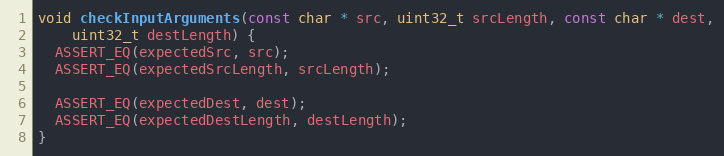
Language: C++
void checkInputArguments(const char * src, uint32_t srcLength, const char * dest,
    uint32_t destLength) {
  ASSERT_EQ(expectedSrc, src);
  ASSERT_EQ(expectedSrcLength, srcLength);

  ASSERT_EQ(expectedDest, dest);
  ASSERT_EQ(expectedDestLength, destLength);
}